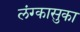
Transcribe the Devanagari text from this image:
लंग्कासुका